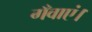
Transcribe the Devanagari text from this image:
गँवाएं।